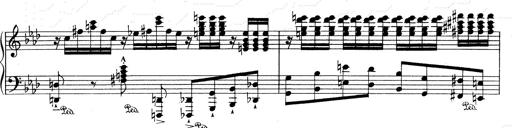
Title: Weinen, Klagen, Sorgen, Zagen
Composer: Franz Liszt